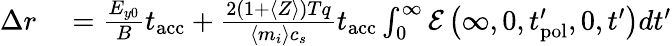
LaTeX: \begin{array}{rl}{\Delta r}&{{}=\frac{E_{y0}}{B}t_{\mathrm{acc}}+\frac{2(1+\langle Z\rangle)Tq}{\langle m_{i}\rangle c_{s}}t_{\mathrm{acc}}\int_{0}^{\infty}\mathcal{E}\left(\infty,0,t_{\mathrm{pol}}^{\prime},0,t^{\prime}\right)dt^{\prime}}\end{array}